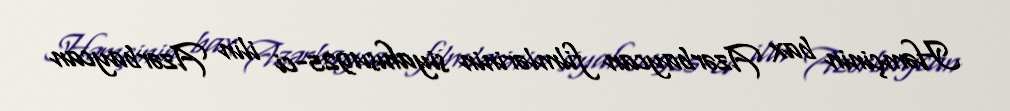
Həmçinin bax Azərbaycan filmlərinin siyahısı1925-ci ilin Azərbaycan